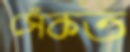
সেঁকত